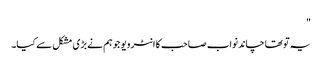
"
یہ تو تھا چاند نواب صاحب کا انٹرویو جو ہم نے بڑی مشکل سے کیا۔